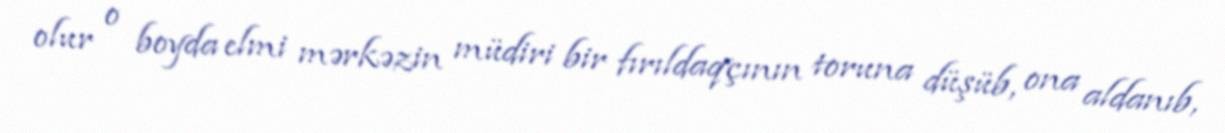
olur o boyda elmi mərkəzin müdiri bir fırıldaqçının toruna düşüb, ona aldanıb,